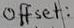
Text: Offset